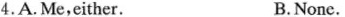
4.A.Me,either. B.None.